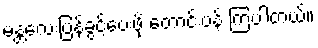
မန္တလေးပြန်ခွင့်ပေးဖို့ တောင်းပန် ကြပါတယ်။